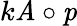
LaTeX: k\textbf{\textit{A}}\circ\textbf{\textit{p}}